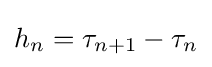
h_{n}=\tau _{n+1}-\tau _{n}